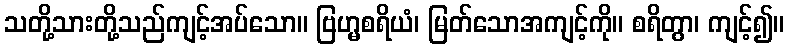
သတို့သားတို့သည်ကျင့်အပ်သော။ ဗြဟ္မစရိယံ၊ မြတ်သောအကျင့်ကို။ စရိတွာ၊ ကျင့်၍။